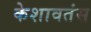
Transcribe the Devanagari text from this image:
केशावतंस